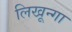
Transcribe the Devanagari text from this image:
लिखून्गा